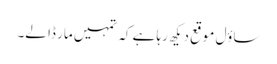
ساؤل موقع دیکھ رہا ہے کہ تمہیں مار ڈا لے۔